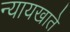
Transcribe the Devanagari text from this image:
न्यायखाते